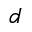
d